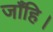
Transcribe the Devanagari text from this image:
जाँहि।